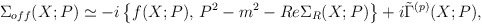
\begin{align*}\Sigma_{off} (X; P) \simeq - i \left\{ f(X; P), \, P^2 - m^2 - Re \Sigma_R (X; P) \right\} + i \tilde{\Gamma}^{(p)} (X; P) , \end{align*}